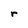
Character: r